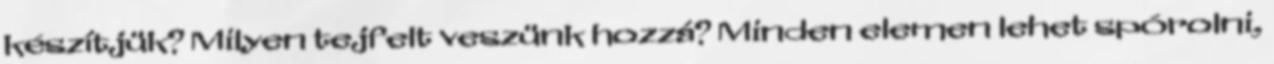
készítjük? Milyen tejfelt veszünk hozzá? Minden elemen lehet spórolni,